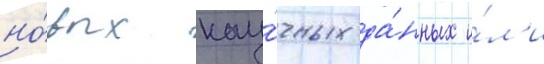
но́вых нау́чных да́нных и́л'и